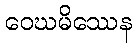
ဝေဃမိဿေန